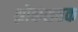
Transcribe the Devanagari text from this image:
श्लोकशतक